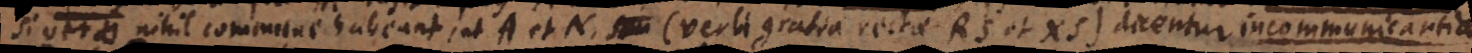
Si vero nihil commune habeant, ut A et N (verbi gratia rectae RS et XS) dicentur i n c